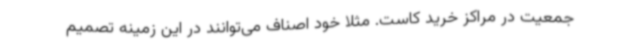
جمعیت در مراکز خرید کاست. مثلاً خود اصناف می‌توانند در این زمینه تصمیم